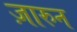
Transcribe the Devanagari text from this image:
ज़ारुन